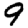
Digit: 9